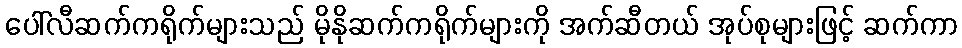
ပေါ်လီဆက်ကရိုက်များသည် မိုနိုဆက်ကရိုက်များကို အက်ဆီတယ် အုပ်စုများဖြင့် ဆက်ကာ